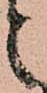
と